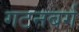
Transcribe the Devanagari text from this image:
गटनबर्ग